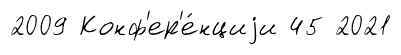
2009 Конф'ер'е́нциjи 45 2021